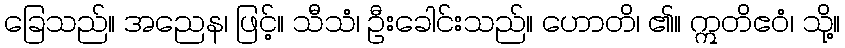
ခြေသည်။ အညေန၊ ဖြင့်။ သီသံ၊ ဦးခေါင်းသည်။ ဟောတိ၊ ၏။ ဣတိဧဝံ၊ သို့။